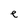
Character: e